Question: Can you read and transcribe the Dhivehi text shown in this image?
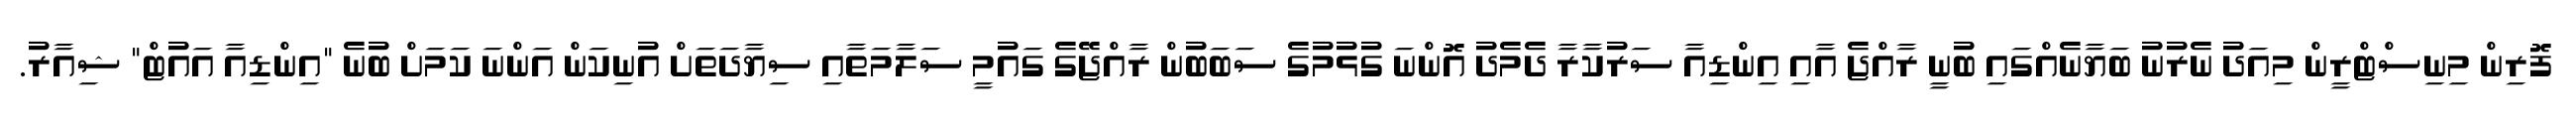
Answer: ފޮރިން މިނިސްޓްރީން މިއަދު ނެރުނު ބަޔާނެއްގައި ބުނީ ރާއްޖެ އާއި އިންޑިއާ ސަރުކާރާ ދެމެދު އޮންނަ ގުޅުމުގެ ސަބަބުން ރާއްޖޭގެ ގައުމީ ސަލާމަތާއި ސިޔާދަތަށް އުނިކަން އަންނަ ކަމަށް ބުނެ "އިންޑިއާ އައުޓް" ޝިއާރު.